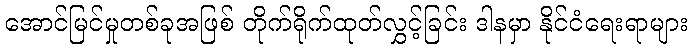
အောင်မြင်မှုတစ်ခုအဖြစ် တိုက်ရိုက်ထုတ်လွှင့်ခြင်း ဒါနမှာ နိုင်ငံရေးရာများ